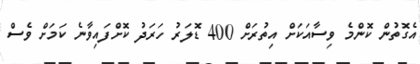
އެގޮތުން ކޮންމެ ވިސާއަކަށް އިތުރަށް 400 ޑޮލަރު ހަރަދު ކޮށްފައިވާނެ ކަމަށް ވެސް